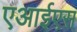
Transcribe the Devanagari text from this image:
एआईएस